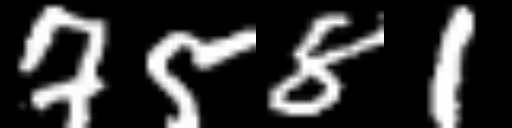
Text: 7581